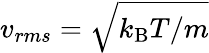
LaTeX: v_{rms}=\sqrt{k_{\mathrm{B}}T/m}